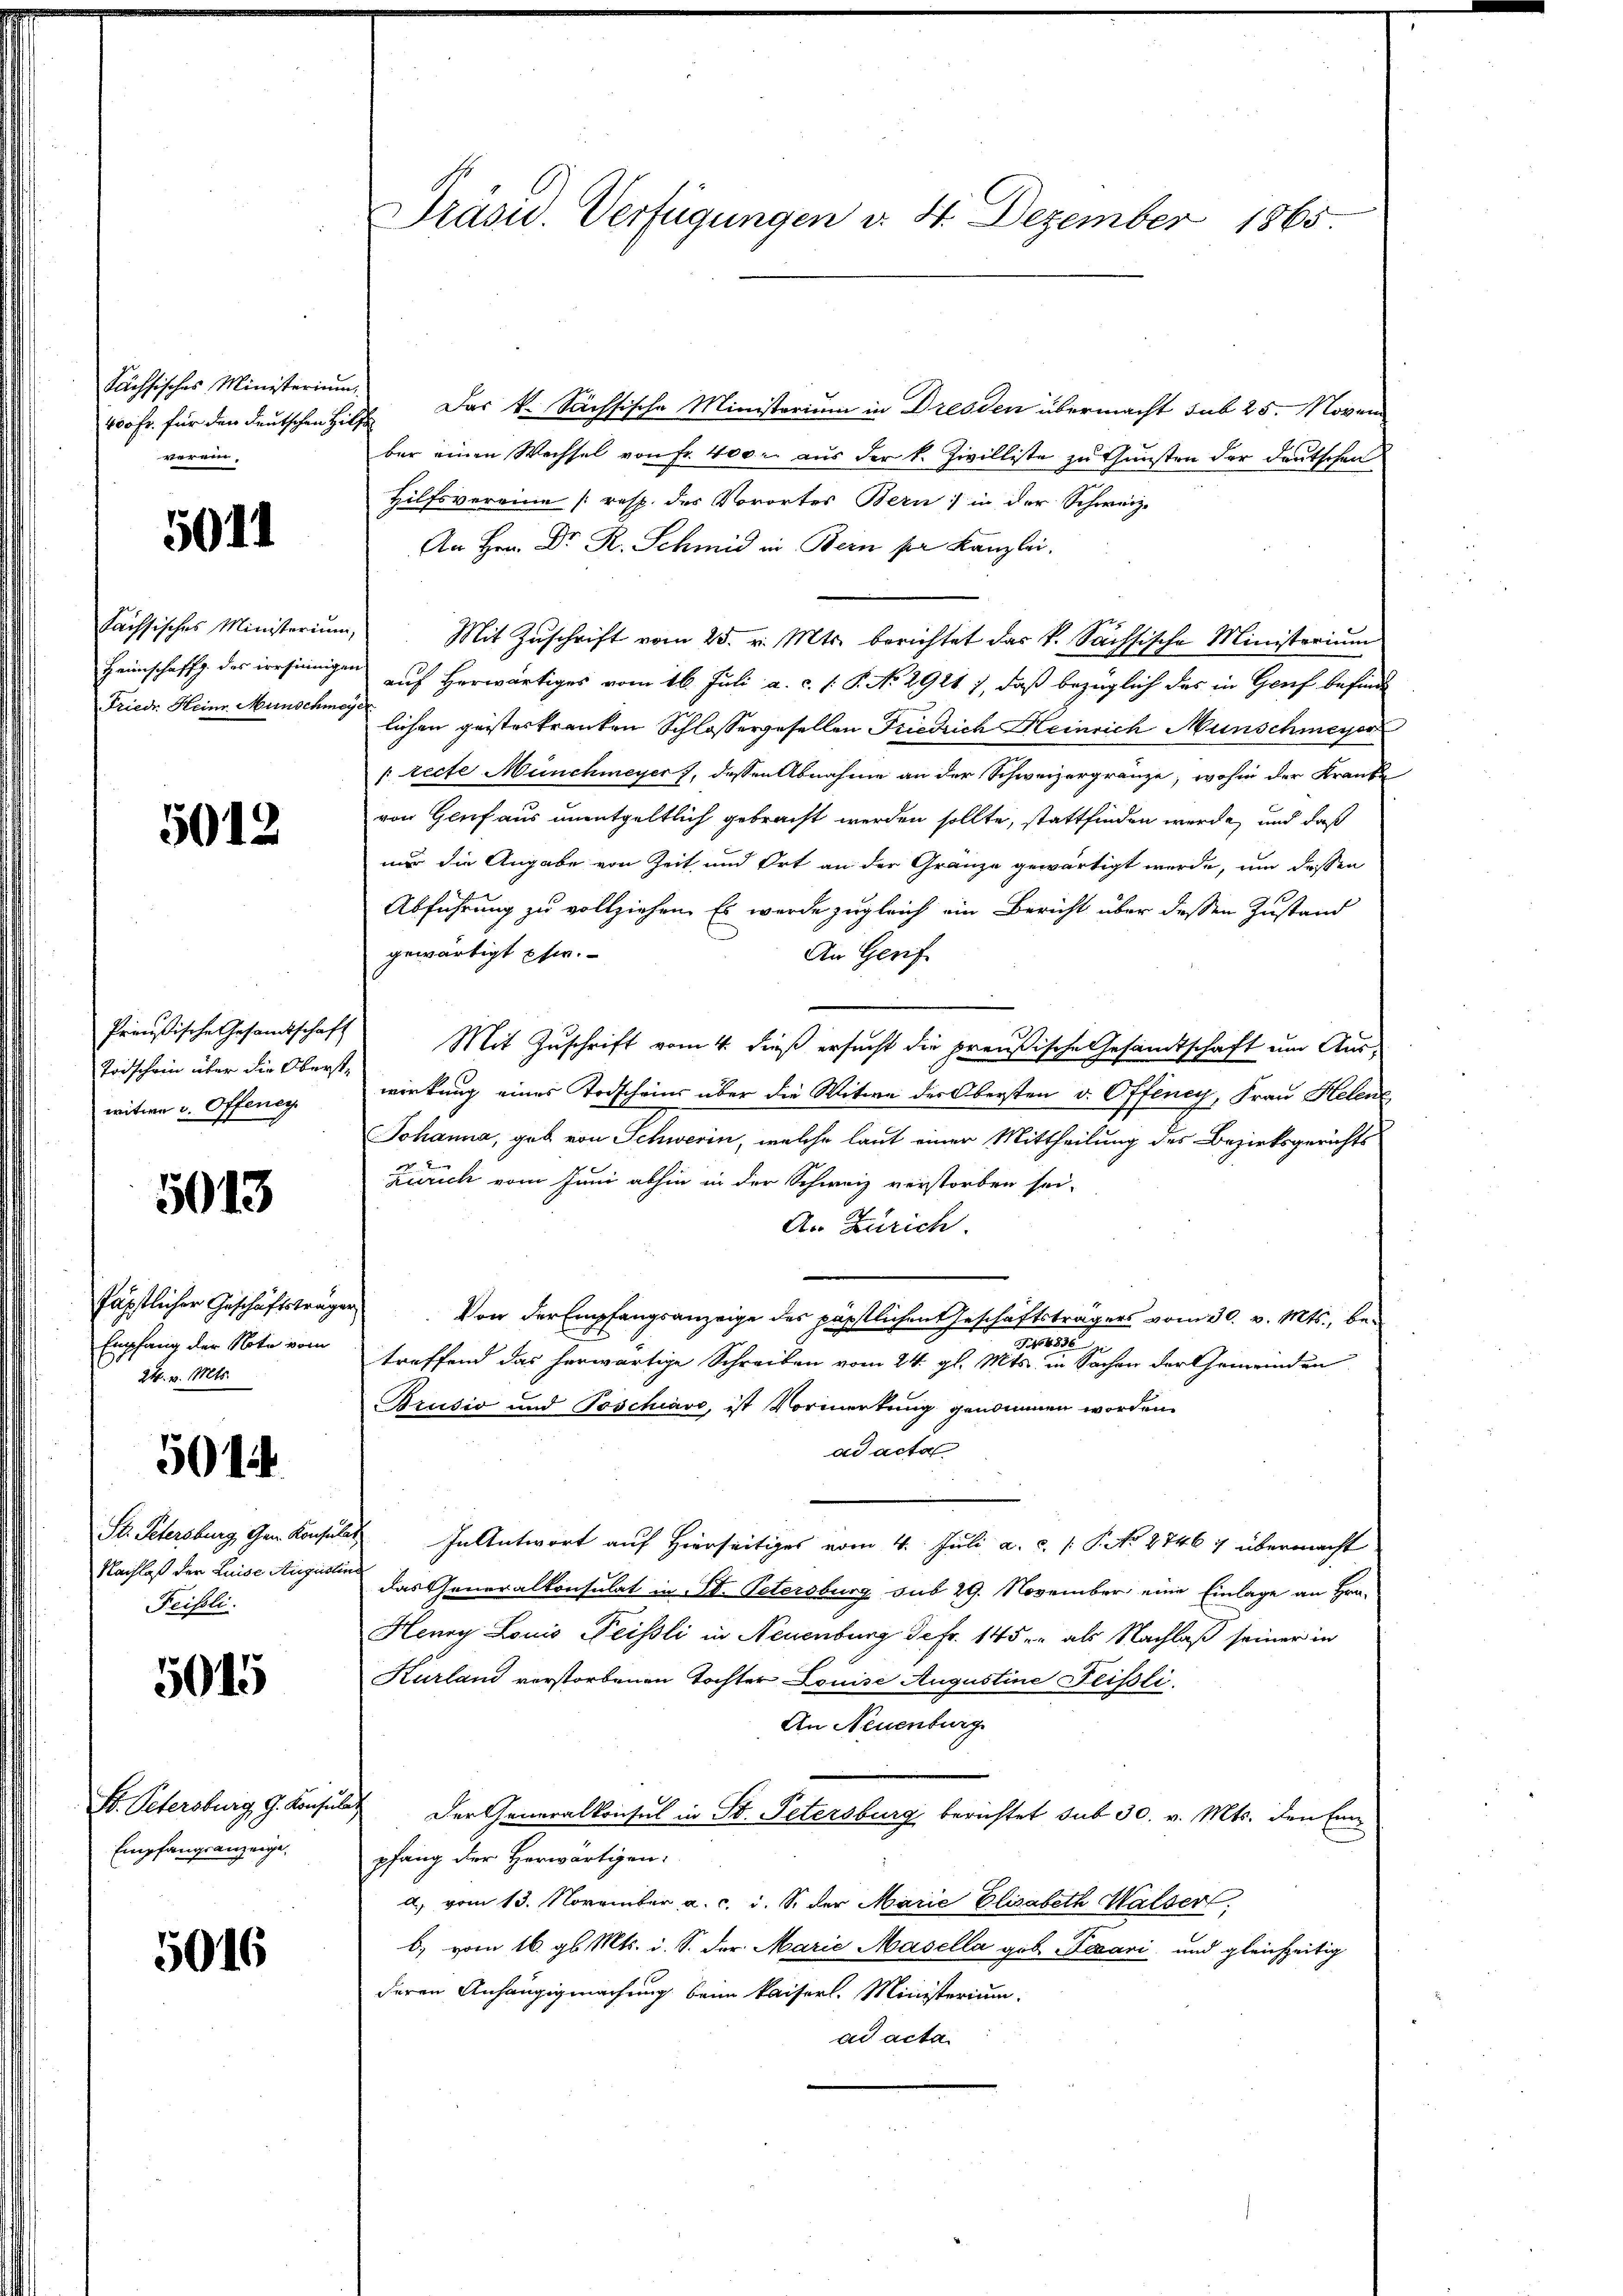
400 Fr. für den deutschen Hilfe
verein,

5011

fachsisches Ministerium,
Heimschaffg. des irrsinnigen
Frieder Heim Münschmey

5012

Preußische Gesamtschaft
Todschein über die Oberstwitwe v. Offeneg

5013

fäpstlicher Geschäftsträgen
Empfang der Note vom
24. v. Mts.

5014

St. Petersburg, Gen. Konsul
Nachlaß der Luise Augustin
Feisoli

5015

St. Petersburg, G. Konsule
Empfangsanzeige.

5016

Präsid. Verfügungen d. 4. Dezember 1865

Sächsisches Ministerium. Das k. Sächsische Ministerium in Dresden übermacht sub 25. Novem
ber einen Wechsel von Fr. 400. aus der k. Zivilliste zu Gunsten der deutschen
Hilfsvereine [resp. der Vorortes Bern) in der Schweiz.
An Hrn. Dr. R. Schmid in Bern ser Kanzlei.
Mit Zuschrift vom 25. v. Mts. berichtet das k. Sächsische Ministerium
auf herwärtiges vom 16. Juli a. c. s. P. No 2921 7, daß bezüglich das in Genf befinde
lichen geisteskranken Schlossergesellen Friedrich Heinrich Münschmeyer
[recte Münchmeyer, dessen Abnahme an der Schweizergränze, wohin der Kranke
von Genf aus unentgeltlich gebracht werden sollte, stattfinden werde, und daß
nur die Angabe von Zeit und Ort an der Gränze gewärtigt werde, um dessen
Abführung zu vollziehen. Es wurde zugleich ein Bericht über dessen Zustand
gewärtigt pfer.
An Gerif
Mit Zuschrift vom 4. dieß ersucht die preußische Gesandtschaft um Auswirkung eines Todscheins über die Witwe der Obersten v. Offeney, Frau Helene
Johanna, gab von Schwerin, welche laut einer Mittheilung des Bezirksgerichts
Zürich vom Juni abhin in der Schweiz verstorben sei.
A. Zürich.
Von der Empfangsanzeige des päpstlichenteschäftsträgers vom 30. v. Mts., be¬
1232
treffend das herwärtige Schreiben vom 24. gl. Mts. in Sachen der Gemeinden
Brusio und Toschiavo, ist Vormerkung genommen worden.
ad acta
In Antwort auf Hierseitiges vom 4. Juli a. c. P. No 27467 übermacht
das Generalkonsulat in St. Petersburg sub 29. November eine Einlage an Hrn.
Henry Louis Neissli in Neuenburg defr. 145 er als Nachlaß seiner in
Kurland verstorbenen Tochter Louise Augustine Feissli
An Neuenburg
Der Generalkonsul in St. Petersburg berichtet sub 30. v. Mts. den Ein
pfang der Herwärtigen.
d. vom 13. November a. c. i. S. der Marie Elisabeth Walser
b) vom 16. gl. Mts. i. S. der Marie Masella geb. Pezani und gleichzeitig
deren Anhängigmachung beim Kaiserl. Ministerium
ad acta